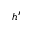
h ^ { \prime }